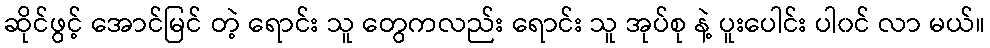
ဆိုင်ဖွင့် အောင်မြင် တဲ့ ရောင်း သူ တွေကလည်း ရောင်း သူ အုပ်စု နဲ့ ပူးပေါင်း ပါ၀င် လာ မယ်။